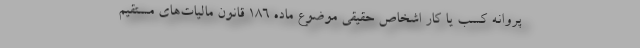
پروانه کسب یا کار اشخاص حقیقی موضوع ماده ۱۸۶ قانون مالیات‌های مستقیم